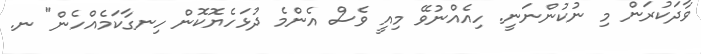
ވާދަކުރަން މި ނުކުންނަނީ. ހިއެއްނުވޭ މިއީ ވެސް އެންމެ ދުޅަހެޔޮކޮން ހިނގާކަމެއްހެން" ނ.